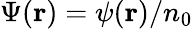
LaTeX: \Psi({\mathbf{r}})=\psi({\mathbf{r}})/n_{0}